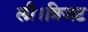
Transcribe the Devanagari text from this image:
ली।त्रिजट